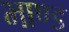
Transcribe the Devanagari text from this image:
भाण्ड